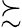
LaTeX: \succsim